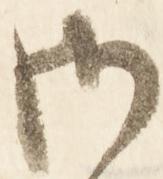
御